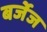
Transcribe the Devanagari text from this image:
बर्जेज